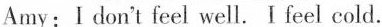
Amy: I don't feel well. Ifeel cold.